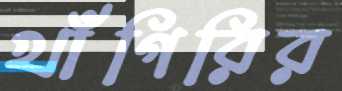
খাঁগিরির